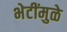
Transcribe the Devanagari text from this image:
भेटींमुळे